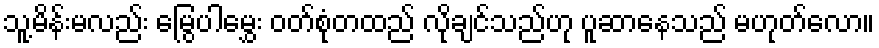
သူ့မိန်းမလည်း မြွေပါမွှေး ဝတ်စုံတထည် လိုချင်သည်ဟု ပူဆာနေသည် မဟုတ်လော။